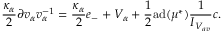
\frac { \kappa _ { \alpha } } { 2 } \partial v _ { \alpha } v _ { \alpha } ^ { - 1 } = \frac { \kappa _ { \alpha } } { 2 } e _ { - } + V _ { \alpha } + \frac { 1 } { 2 } \mathrm { a d } ( \mu ^ { * } ) \frac { 1 } { I _ { V _ { a v } } } c .